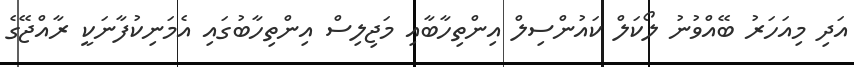
އަދި މިއަހަރު ބޭއްވުނު ލޯކަލް ކައުންސިލް އިންތިހާބާއި މަޖިލިސް އިންތިހާބުގައި އެމަނިކުފާނަކީ ރާއްޖޭގެ